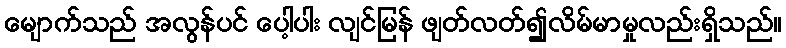
မျောက်သည် အလွန်ပင် ပေါ့ပါး လျင်မြန် ဖျတ်လတ်၍လိမ်မာမှုလည်းရှိသည်။